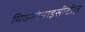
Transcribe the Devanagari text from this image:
मिक्सोमाइसीटीज़